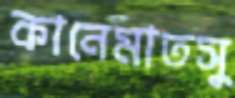
কানেমাতসু